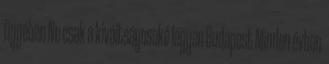
ügyében Ne csak a kiváltságosoké legyen Budapest Minden évben